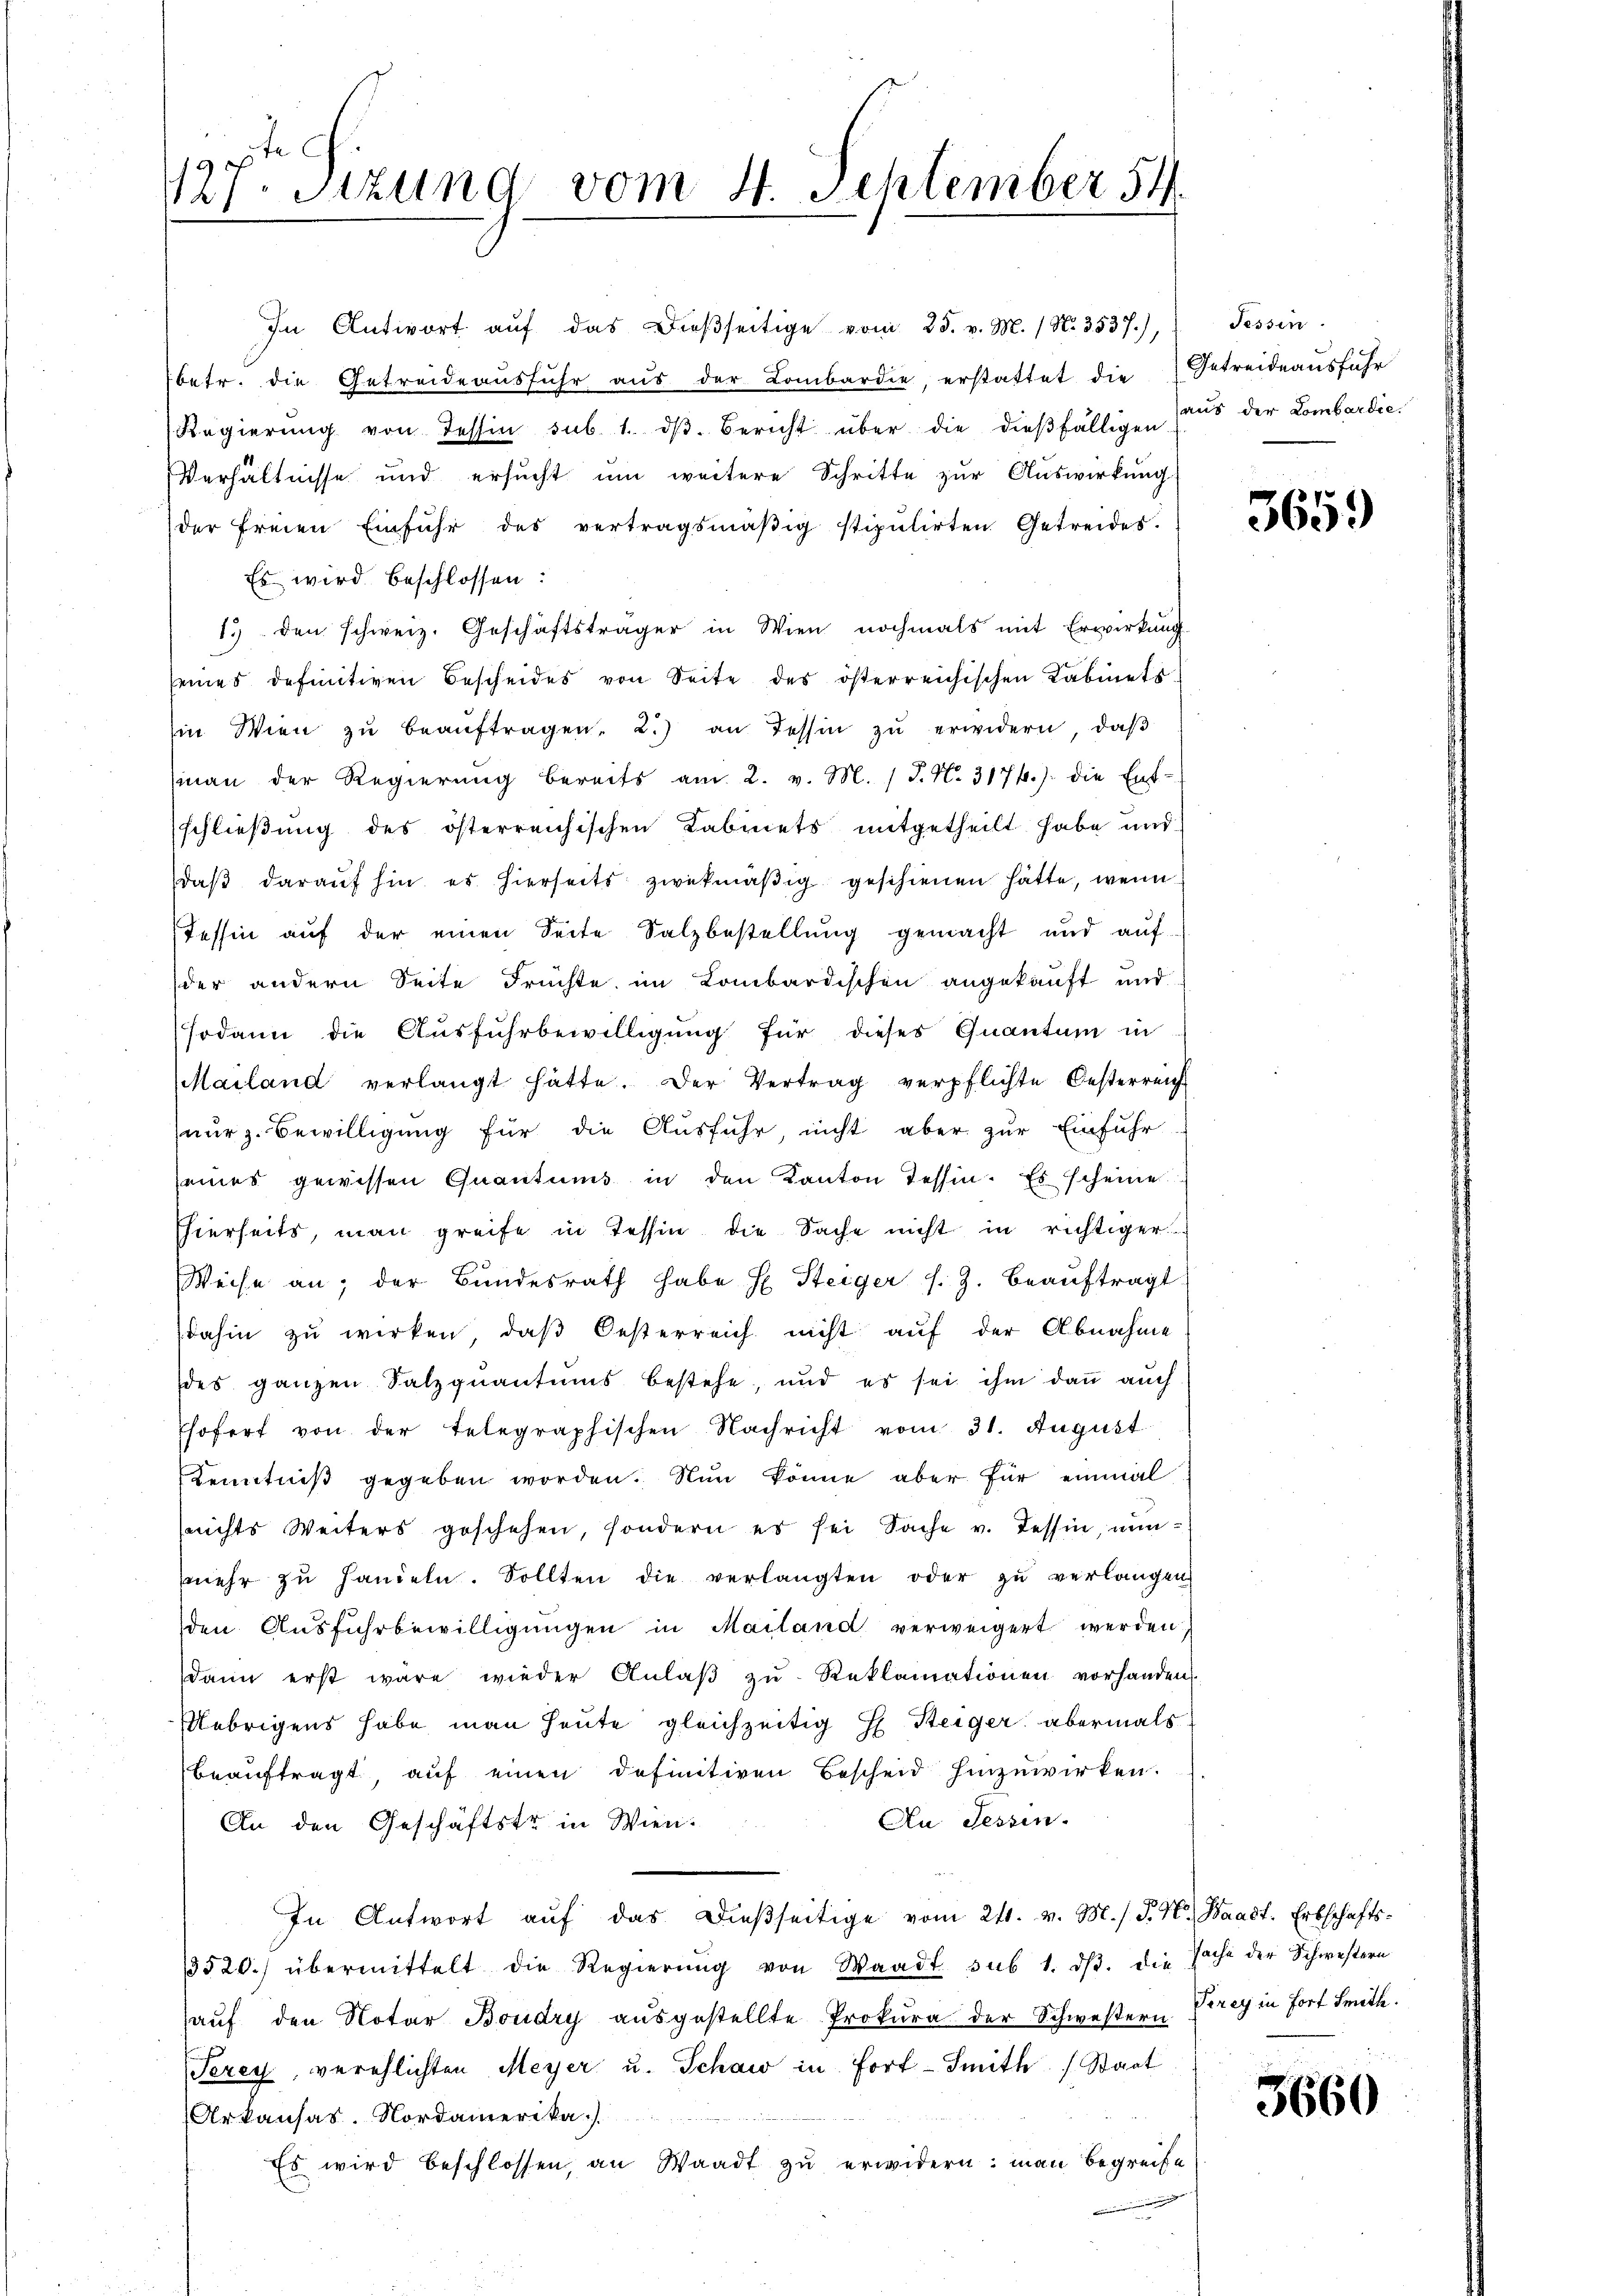
127. Sitzung vom 4. September 54.

betr. die Getreide aŭsfŭhr aŭs der Lombardie, erstattet die Getreideaŭsführ
Regierŭng von Tessin sub. 1. dβ. Bericht über die dieβfälligen Haŭs der Lombardie
Verhältnisse und ersucht um weitere Schritte zur Auswirkung
der freien Einführ des vertragsmäβig stipulirten Getreides.
Es wird beschlossen:
13 den schweiz. Geschäftsträger in Wien nochmals mit Erwirkŭng
seines definitiven Bescheides von Seite des österreichischen Kabinets
in Wien zŭ beaŭftragen. 2.) an Tessin zŭ erwidern, daβ
(man der Regierŭng bereits am 2. v. M. P. N. 3174.) die Ent-
schließung des österreichischen Kabinets mitgetheilt habe und
daβ darauf hin es hierseits zwekmäβig geschienen hätte, wenn
Tessin auf der einen Seite Salzbestellung gemacht und aŭf
der andern Seite Früchte im Lombardischen angekauft und
sodann die Ausfuhrbewilligŭng für dieses Quantum in
Mailand verlangt hätte. Der Vertrag verpflichte Oesterreich
nur z. Bewilligung für die Ausfuhr, nicht aber zur Einführ-
seines gewissen Quantums in den Kanton Tessin. Es scheine
Eierseits, man greife in Tessin die Sache nicht in richtiger
Weise an, der Bundesrath habe E. Steiger s. Z. beaŭftragt
dahin zu wirken, daß Oesterreich nicht auf der Abnahme
des ganzen Salzquantums bestehe, und es sei ihm daṅ aŭch
Esofert von der telegraphischen Nachricht vom 31. August
Kenntniβ gegeben worden. Nun könne aber für einmal
(nichts Weiters geschehen, sondern es sei Sache v. Tessin, nŭn-
(mehr zŭ handeln. Sollten die verlangten oder zu verlangen
den Ausführbewilligungen in Mailand verweigert werden.
dann erst wäre wieder Anlaβ zŭ Reklamationen vorhanden
Uebrigens habe man heute gleichzeitig E Steiger abermals
beaŭftragt, auf einen definitiven Bescheid hinzuwirken.
Au Jeszen.
An den Geschäftstr in Wien.
In Antwort aŭf das Dießseitige vom 24. v. M. P. M. Waadt. Erbschafts¬
3520.) übermittelt die Regierŭng von Waadt sub 1. dβ. die Sache der Schwestern
aŭf den Notar Boudry aŭsgestellte Prokura der Schwestern
Perey, verehlichten Meyer u. Schaw in fort-Smith Staat
Urkansas. Nordamerika)
Es wird beschlossen, an Waadt zu erwidern: man begreife

In Antwort auf das dießseitige vom 25. v. M. (N. 3537),

Fessen.

3659)

Terey in Fort Smitte.

3660